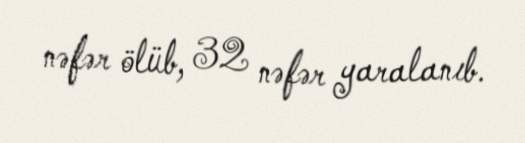
nəfər ölüb, 32 nəfər yaralanıb.